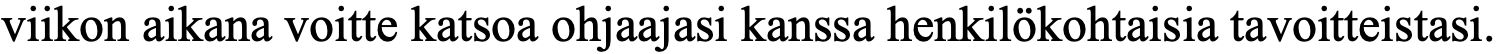
viikon aikana voitte katsoa ohjaajasi kanssa henkilökohtaisia tavoitteistasi.